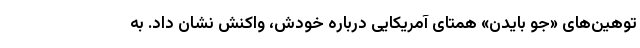
توهین‌های «جو بایدن» همتای آمریکایی درباره خودش، واکنش نشان داد. به